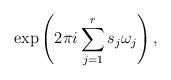
LaTeX: \begin{align*} \exp \left( 2 \pi i \sum_{j=1}^r s_j \omega_j \right),\end{align*}